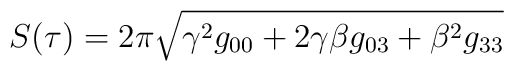
S(\tau)=2\pi \sqrt{\gamma^2 g_{00} + 2\gamma\beta g_{03} + \beta^2 g_{33}}